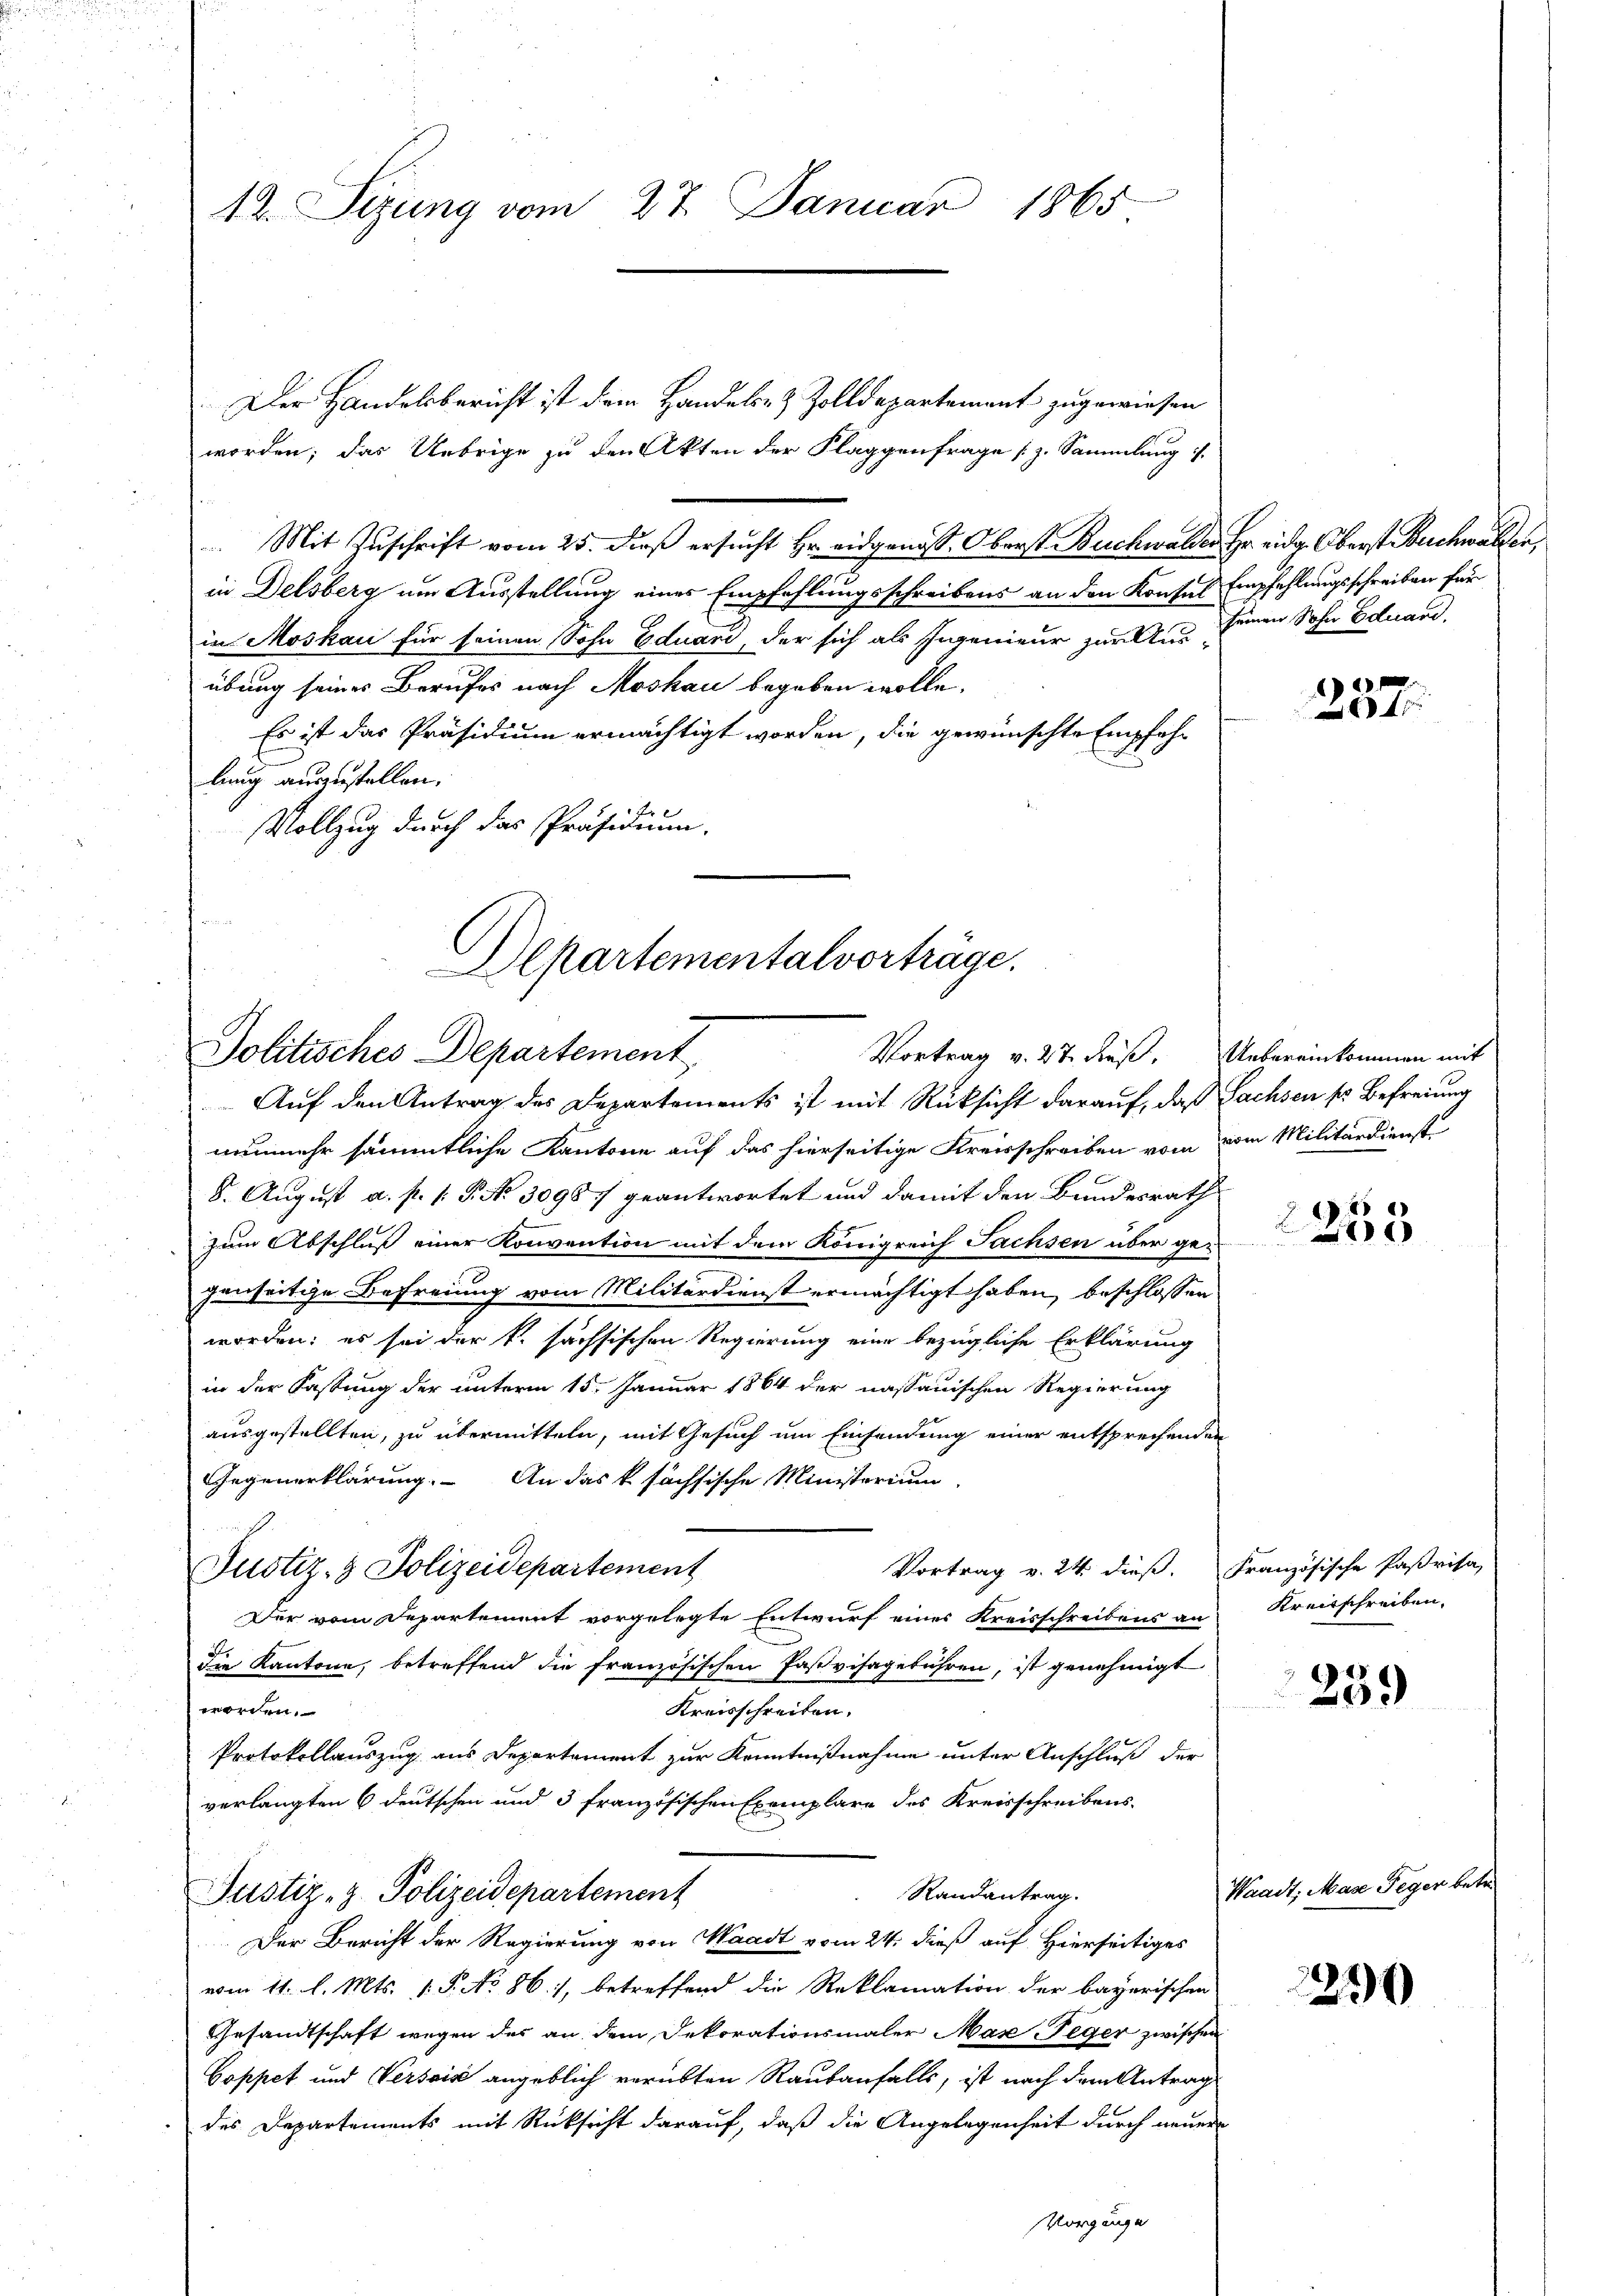
12. Sizung vom 27. Januar 1865

Der Handelsbericht ist dem Handels- & Zolldepartement zugewiesen
worden; das Uebrige zu den Akten der Flaggenfrage (z. Sammlung 1.
. Mit Zŭschrift vom 25. dieß ersucht Hr. eidgenoss. Oberst Buchwalden Hr. eidg. Oberst Buchwalder,
in Delsberg um Ausstellung eines Empfehlungsschreibens an den Konsul Empfehlungsschreiben für
in Moskau für seinen Sohn Eduard, der sich als Ingenieur zur Aus seinen Sohn Eduard,
übung seines Berufes nach Moskau begeben wolle.
Es ist das Präsidium ermächtigt worden, die gewünschte Empfehlung auszustellen.
Vollzug durch das Präsidium.

Departementalvorträge.
Vortrag v. 27. dieß. Uebereinkommen mit
Politisches Departement

Justiz- & Polizeidepartement

Auf den Antrag des Departements ist mit Rücksicht darauf, daß Sachsen sr Befreiung
nunmehr sämmtliche Kantone auf das hierseitige Kreisschreiben vom vom Militärdienst
8. August a. p. P. P. No 30987 geantwortet und damit den Bundesrath
zum Abschluß einer Konvention mit dem Königreich Sachsen über gegenseitige Befreiung vom Militärdienst ermächtigt haben, beschlossen
worden; es sei der k. sächsischen Regierung eine bezügliche Erklärung
in der Fastung der unterm 15. Januar 1864 der nassauischen Regierung
ausgestellten, zu übermitteln, mit Gesuch um Einsendung einer entsprechenden
Gegenerklärung. An das k söchsische Ministerium
Vortrag v. 24. dieß. Französische Paßrisa,
Der vom Departement vorgelegte Entwurf eines Kreisschreibens an
die Kantone, betreffend die französischen Pastvisagebühren, ist genehmigt
worden.
Kreisschreiben.
Protokollauszug aus Departement zur Kenntnißnahme unter Anschluß der
verlangten 6 deutschen und 3 französischen Exemplare des Kreisschreibens-
Randantrag.
Justiz- & Polizeidepartement
Der Bericht der Regierung von Waadt vom 24. dieß auf Hierseitiges
vom 11. l. Mts. v. P. No 861, betreffend die Reklamation der bayerischen
Gesandtschaft wegen des an dem Dekorationsmaler Max-Teger zwischen
Coppet und Versais angeblich verübten Raubanfalls, ist nach dem Antrage
des Departements mit Rücksicht darauf, daß die Angelegenheit durch neuer

Vorgange

257.

9 x
x

Kreisschreiben.

239

Waadt, Mase Teger betr.

1290